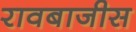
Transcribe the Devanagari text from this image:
रावबाजीस